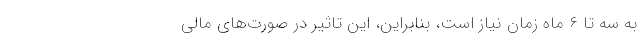
به سه تا ۶ ماه زمان نیاز است، بنابراین، این تاثیر در صورت‌های مالی